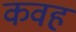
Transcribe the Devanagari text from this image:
कवह